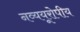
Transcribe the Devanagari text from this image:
नव्ययूरोपीय